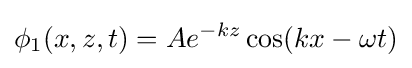
\phi _{1}(x,z,t)=Ae^{-kz}\cos(kx-\omega t)